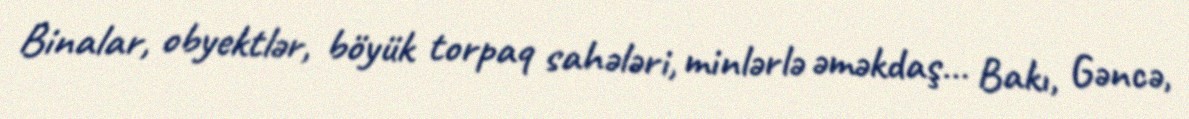
Binalar, obyektlər, böyük torpaq sahələri, minlərlə əməkdaş… Bakı, Gəncə,